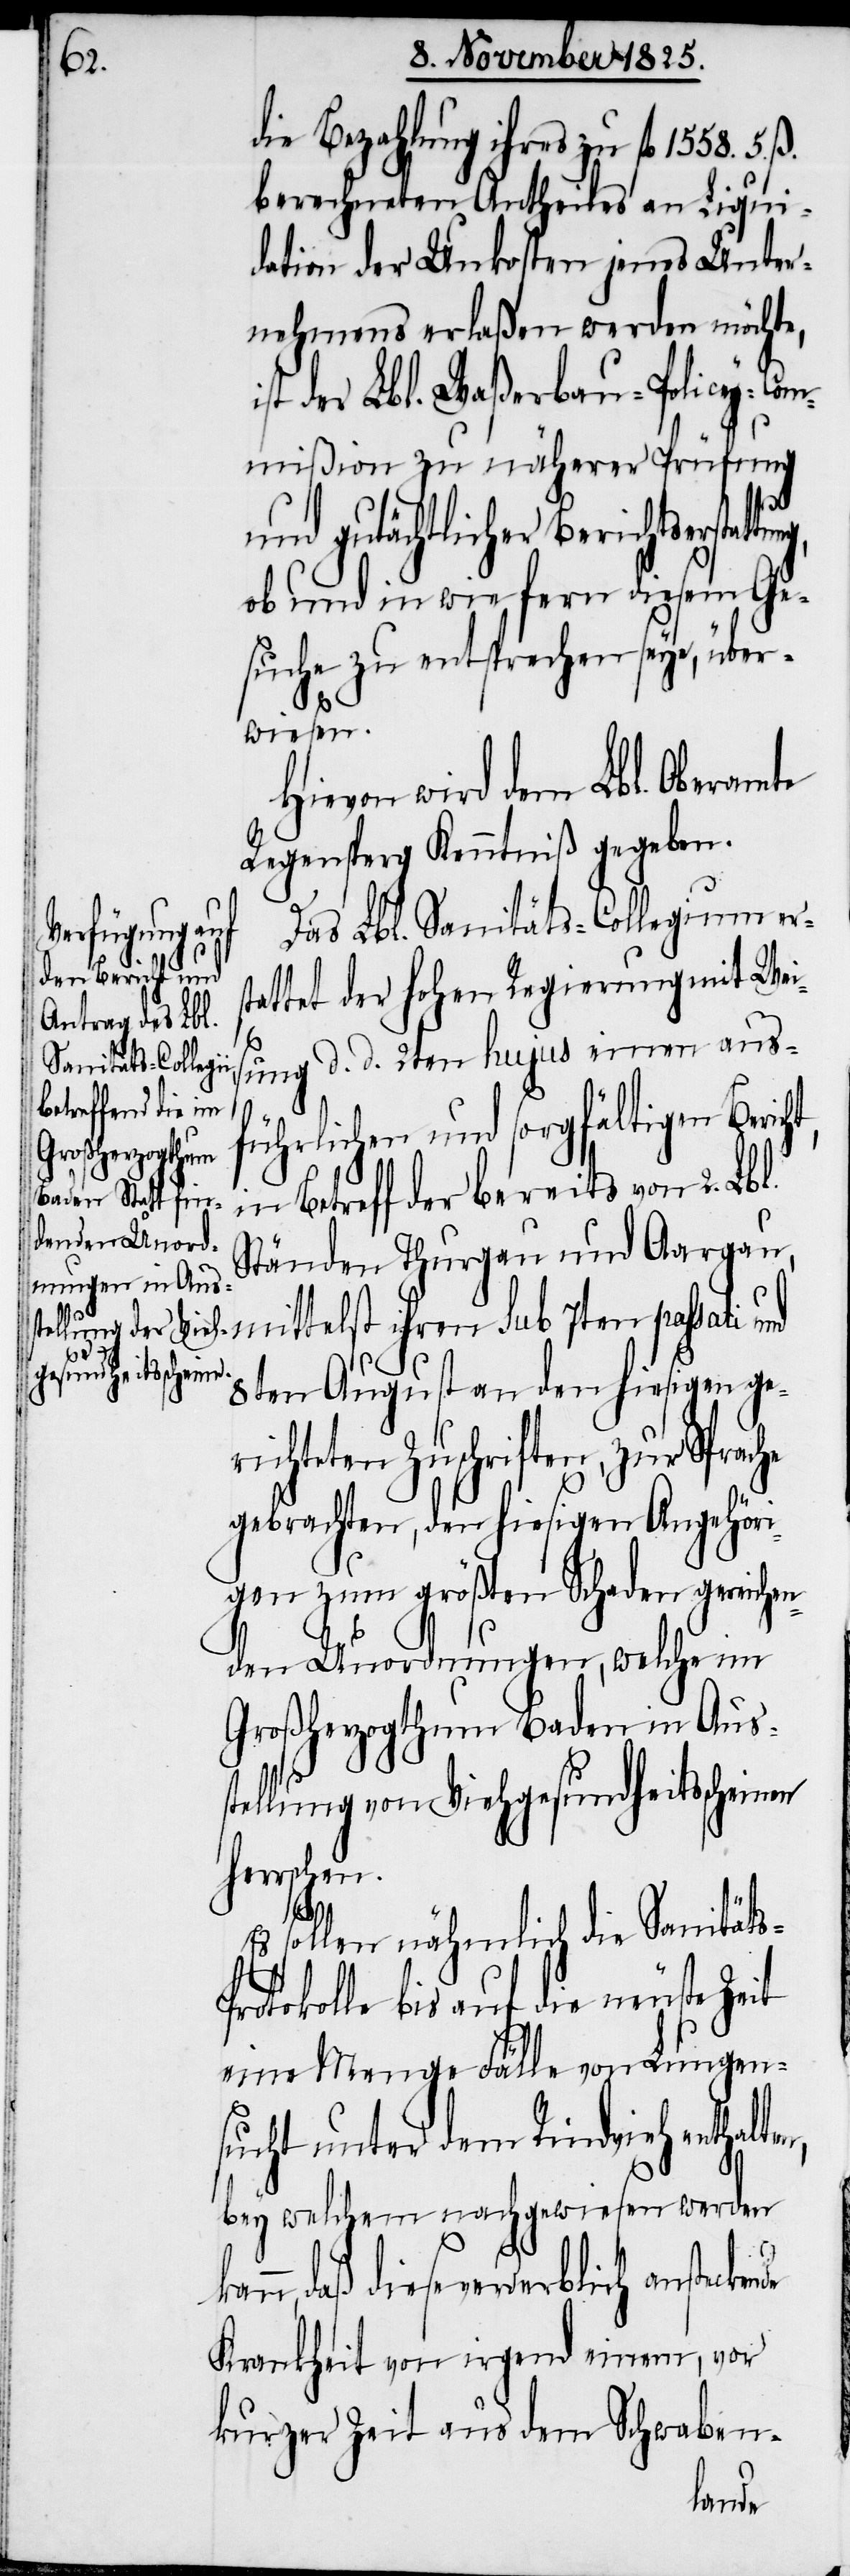
die Bezahlung ihres zu fl.
berechneten Antheiles an Liqui¬
dation der Unkosten jenes Unter¬
nehmens erlaßen werden möchte,
der Lbl. Waßerbau-Policey-Com¬
mißion zu näherer Prüfung
und gutächtlicher Berichtserstat¬
ob und in wiefern diesem Ge¬
suche zu entsprechen seye, über¬
wiesen.
Hievon wird dem Lbl. Oberamte
Regensperg Kenntniß gegeben.
Das Lbl. Sanitäts-Collegium ers¬
thalten,
tattet der hohen Regierung mit Wei¬
sung d. d. 2ten hujus einen aus¬
führlichen und sorgfältigen Berich¬
in Betreff der bereits von 2. Lbl.
Ständen, Thurgau und Aargau,
8ten August an den hiesigen ger¬
ichteten Zuschriften, zur Sprache
gebrachten, den hiesigen Angehöri¬
gen zum größten Schaden gereichen¬
den Unordnungen, welche im
Großherzogthum Baden in Aus¬
tellung von Viehgesundheitsscheinen
herrschen.
ka¬
Es sollen nähmlich die Sanität¬
rotokolle bis auf die neueste Zeit
eine Menge Fälle von Lungen¬
sucht unter dem Rindvieh en¬
bey welchem nachgewiesen werden
nn, daß diese verderblich anstec¬
Krankheit von irgend einem, vor
kurzer Zeit aus dem Schwaben-
kende